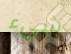
شيء